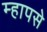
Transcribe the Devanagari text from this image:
म्हापसे